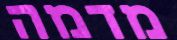
מדמה